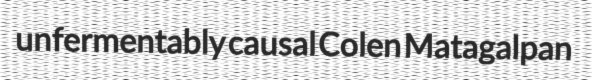
unfermentably causal Colen Matagalpan